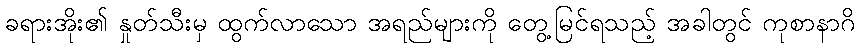
ခရားအိုး၏ နှုတ်သီးမှ ထွက်လာသော အရည်များကို တွေ့မြင်ရသည့် အခါတွင် ကုစာနာဂိ